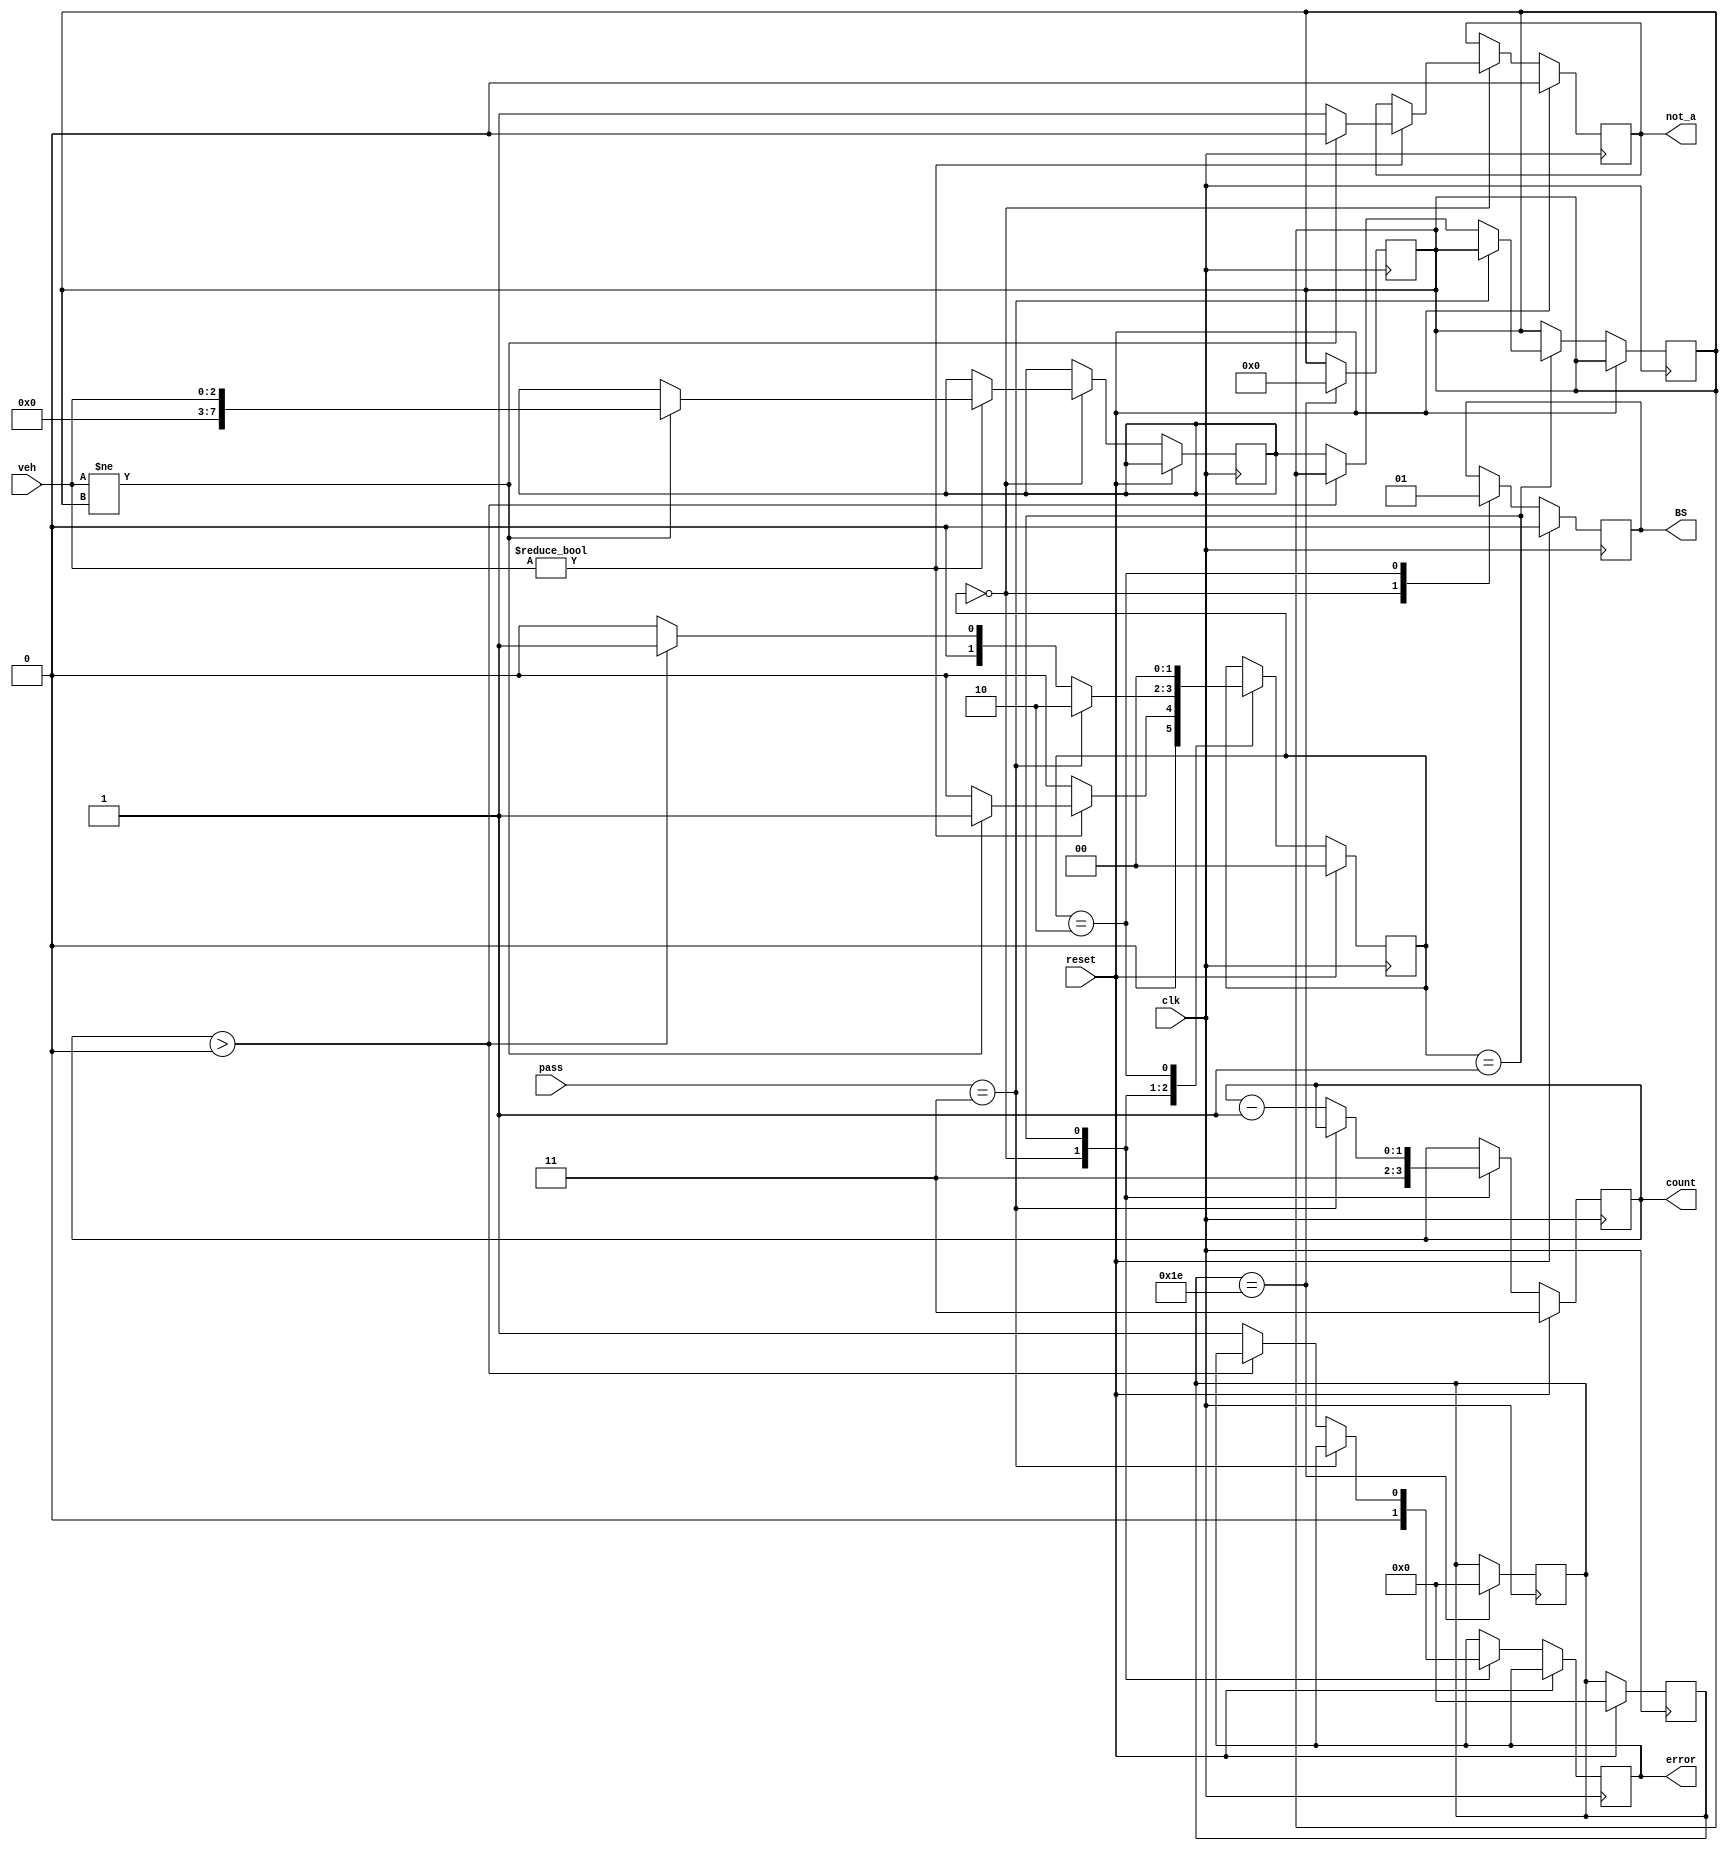
module park(clk,veh,pass,reset,BS,count,error,not_a);
input clk,reset;
input [2:0]veh;
input [1:0]pass;
output reg[1:0]count;
output reg BS;
output reg error;
output reg not_a;

reg [7:0]mem;
reg [7:0]tdl;
integer c;
reg[1:0]state;
reg FS;

initial FS=0;
initial c=0;
initial mem=0;
initial tdl=0;

parameter init=2'b00, password=2'b01, back=2'b10, init2=2'b11;

always @(posedge clk)
begin
 if(reset)
  begin 
   BS<=0;
   c<=0;
   not_a<=0;
   count<=2'b11;
   state<=init;
  end
else
  begin
   case(state)
    init: begin
          BS<=0;
          error<=0;
          count<=2'b11;
          FS<=0;
          if(veh!=3'b000)
          begin
          FS<=1;
          if(veh!=mem)
           begin
           not_a<=0;
           tdl<=veh;
           state<=password;
           end
          else
           begin
           not_a<=1; 
           state<=init;
           end
          end
          else
          state<=init;
          end
    password: begin
              FS<=0;
              if(pass==2'b11)
              state<=back;
              else
               begin
                count<=count-1;
                if(count>0)
                state<=password;
                else
                begin
                error<=1;
                mem<=tdl;
                state<=init;
                end
               end
              end
    back: begin
          BS<=1'b1;
          state<=init;
          end
   endcase
  end
end

always @(posedge clk)
begin
c<=c+1;
if(c==30)
 begin
 mem<=0;
 c=0;
 end
end

endmodule

module park_tb();
reg clk;
reg reset;
reg[2:0]veh;
reg [1:0]pass;

wire [1:0]count;
wire BS;
wire error;
wire not_a;

park uut(.clk(clk),
         .reset(reset),
         .veh(veh),
         .pass(pass),
         .BS(BS),
         .count(count),
         .error(error),
         .not_a(not_a)       
         );

initial clk=1'b1;
always #1 clk=~clk;

initial begin
reset=1'b1;#2;
reset=1'b0;

veh=3'b001;#2;
veh=3'bxxx;
pass=2'b10;#2;
pass=2'b01;#2;
pass=2'b11;#2;
pass=2'bxx;
#10;

veh=3'b010;#2;
veh=3'bxxx;
pass=2'b10;#2;
pass=2'b00;#2;
pass=2'b01;#2;
pass=2'bxx;
#10;

veh=3'b011;#2;
veh=3'bxxx;
pass=2'b11;#2;
pass=2'b00;#2;
pass=2'b01;#2;
pass=2'bxx;
#10;

veh=3'b010;#2;
veh=3'bxxx;
pass=2'b11;#2;
pass=2'bxx;

veh=3'b100;#2;
veh=3'bxxx;
pass=2'b10;#2;
pass=2'b01;#2;
pass=2'b11;#2;
pass=2'bxx;
#10;

veh=3'b010;#2;
veh=3'bxxx;
pass=2'b10;#2;
pass=2'b00;#2;
pass=2'b11;#2;
pass=2'bxx;
#10;
$finish; #100;
end
endmodule